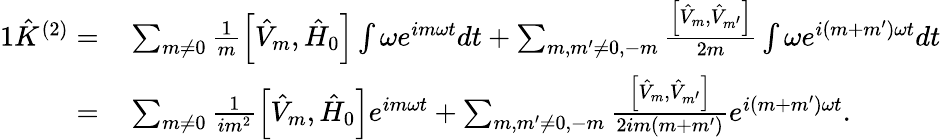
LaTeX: \begin{array}{rl}{{1}\hat{K}^{(2)}=}&{{}\sum_{m\neq 0}\frac{1}{m}\left[\hat{V}_{m},\hat{H}_{0}\right]\int\omega e^{im\omega t}dt+\sum_{m,m^{\prime}\neq 0,-m}\frac{\left[\hat{V}_{m},\hat{V}_{m^{\prime}}\right]}{2m}\int\omega e^{i(m+m^{\prime})\omega t}dt}\\ {=}&{{}\sum_{m\neq 0}\frac{1}{im^{2}}\left[\hat{V}_{m},\hat{H}_{0}\right]e^{im\omega t}+\sum_{m,m^{\prime}\neq 0,-m}\frac{\left[\hat{V}_{m},\hat{V}_{m^{\prime}}\right]}{2im(m+m^{\prime})}e^{i(m+m^{\prime})\omega t}.}\end{array}